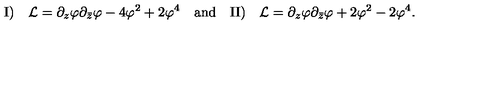
\mathrm { I ) } \quad { \cal L } = \partial _ { z } \varphi \partial _ { \bar { z } } \varphi - 4 \varphi ^ { 2 } + 2 \varphi ^ { 4 } \quad \mathrm { a n d } \quad \mathrm { I I ) } \quad { \cal L } = \partial _ { z } \varphi \partial _ { \bar { z } } \varphi + 2 \varphi ^ { 2 } - 2 \varphi ^ { 4 } .